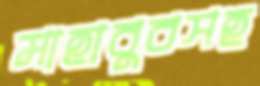
মাহাবুবসহ